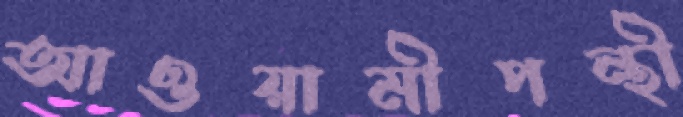
আওয়ামীপন্থী